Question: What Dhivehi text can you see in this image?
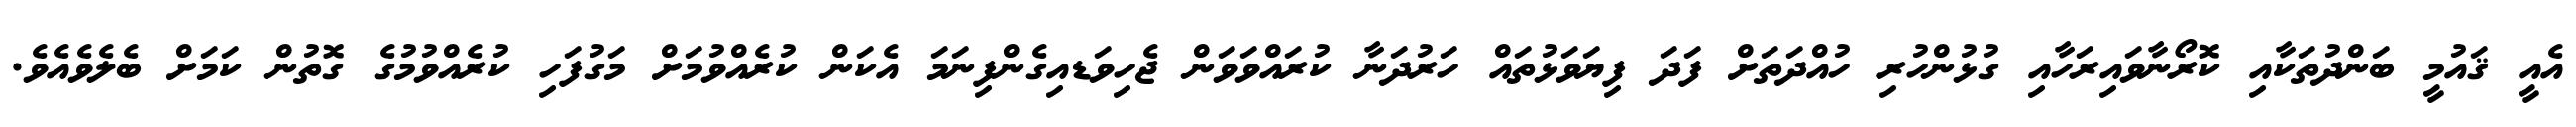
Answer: އެއީ ޤައުމީ ބަންދުތަކާއި ކޮރޯނާވައިރަހާއި ގުޅުންހުރި ހުއްދަތަށް ފަދަ ފިޔަވަޅުތައް ހަރުދަނާ ކުރައްވަވަން ޖެހިވަޑއިގެންފިނަމަ އެކަން ކުރެއްވުމަށް މަގުފަހި ކުރެއްވުމުގެ ގޮތުން ކަމަށް ބެލެވެއެވެ.